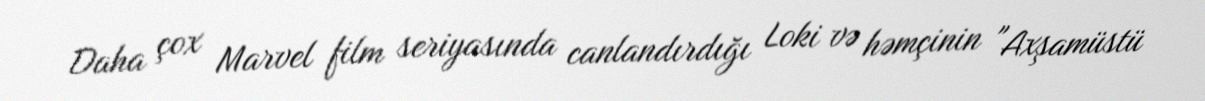
Daha çox Marvel film seriyasında canlandırdığı Loki və həmçinin "Axşamüstü